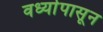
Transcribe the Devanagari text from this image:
वर्ध्यापासून